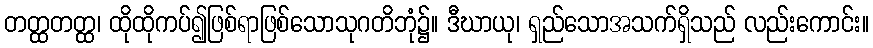
တတ္ထတတ္ထ၊ ထိုထိုကပ်၍ဖြစ်ရာဖြစ်သောသုဂတိဘုံ၌။ ဒီဃာယု၊ ရှည်သောအသက်ရှိသည် လည်းကောင်း။